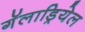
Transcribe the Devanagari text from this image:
गॅलाड्रियेल